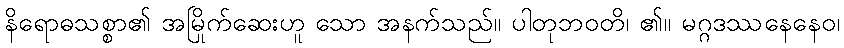
နိရောဓသစ္စာ၏ အမြိုက်ဆေးဟူ သော အနက်သည်။ ပါတုဘဝတိ၊ ၏။ မဂ္ဂဒဿနေနေဝ၊